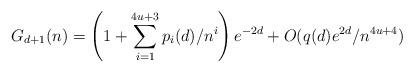
LaTeX: \begin{align*}G_{d+1}(n)=\left(1+\sum_{i=1}^{4u+3} p_i(d)/n^i\right)e^{-2d}+O(q(d)e^{2d}/n^{4u+4})\end{align*}